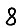
Digit: 8